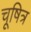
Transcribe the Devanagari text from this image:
चूषित्र